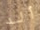
ألد